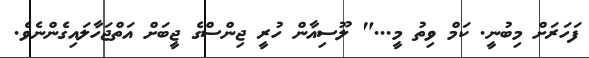
ފަހަރަށް މިބުނީ. ކަމް ވިތު މީ..." ލޫސިއާން ހުރީ ޖިންސްގެ ޖީބަށް އަތްޖަހާލައިގެންނެވެ.